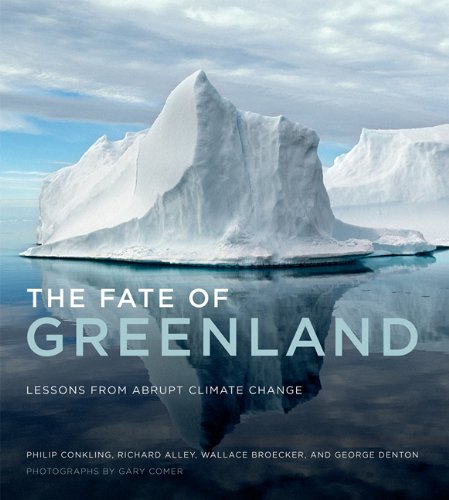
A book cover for The Fate of Greenland: Lessons from Abrupt Climate Change; Philip Conkling; Travel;